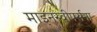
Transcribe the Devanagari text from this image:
माइनस्वीपर्सना